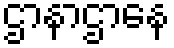
ဌာနာဌာနေ